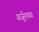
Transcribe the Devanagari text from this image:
अर्जुनाव्या